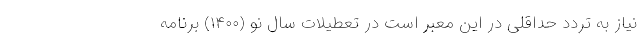
نیاز به تردد حداقلی در این معبر است در تعطیلات سال نو (۱۴۰۰) برنامه